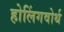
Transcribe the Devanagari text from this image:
होलिंगवोर्थ